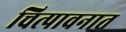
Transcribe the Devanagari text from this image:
चित्पावनात